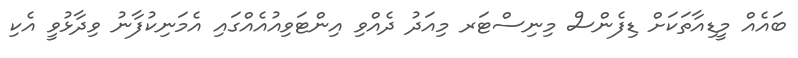
ބައެއް މީޑިއާތަކަށް ޑިފެންސް މިނިސްޓަރ މިއަދު ދެއްވި އިންޓަވިއުއެއްގައި އެމަނިކުފާނު ވިދާޅުވީ އެކި